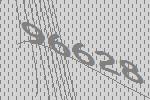
96628